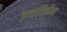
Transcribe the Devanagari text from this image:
ब्रशविहीन